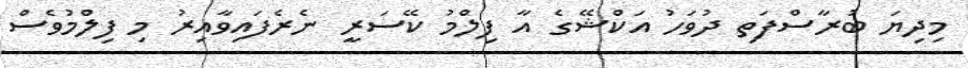
މިދިޔަ ބުރާސްފަތި ދުވަހު އަކްޝޭގެ އާ ފިލްމު ކޭސަރީ ނެރެފައިވާއިރު މި ފިލްމުވެސް